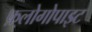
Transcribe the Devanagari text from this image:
फ़्लोगोपाइट